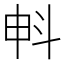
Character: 𣁱